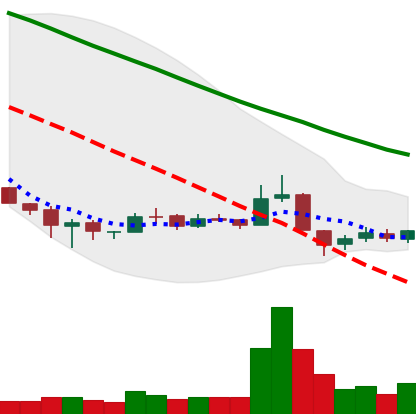
Ticker: BNB-USD
Chart end date: 2018-12-11
Forward return: -5.98%
Label: down_5_7